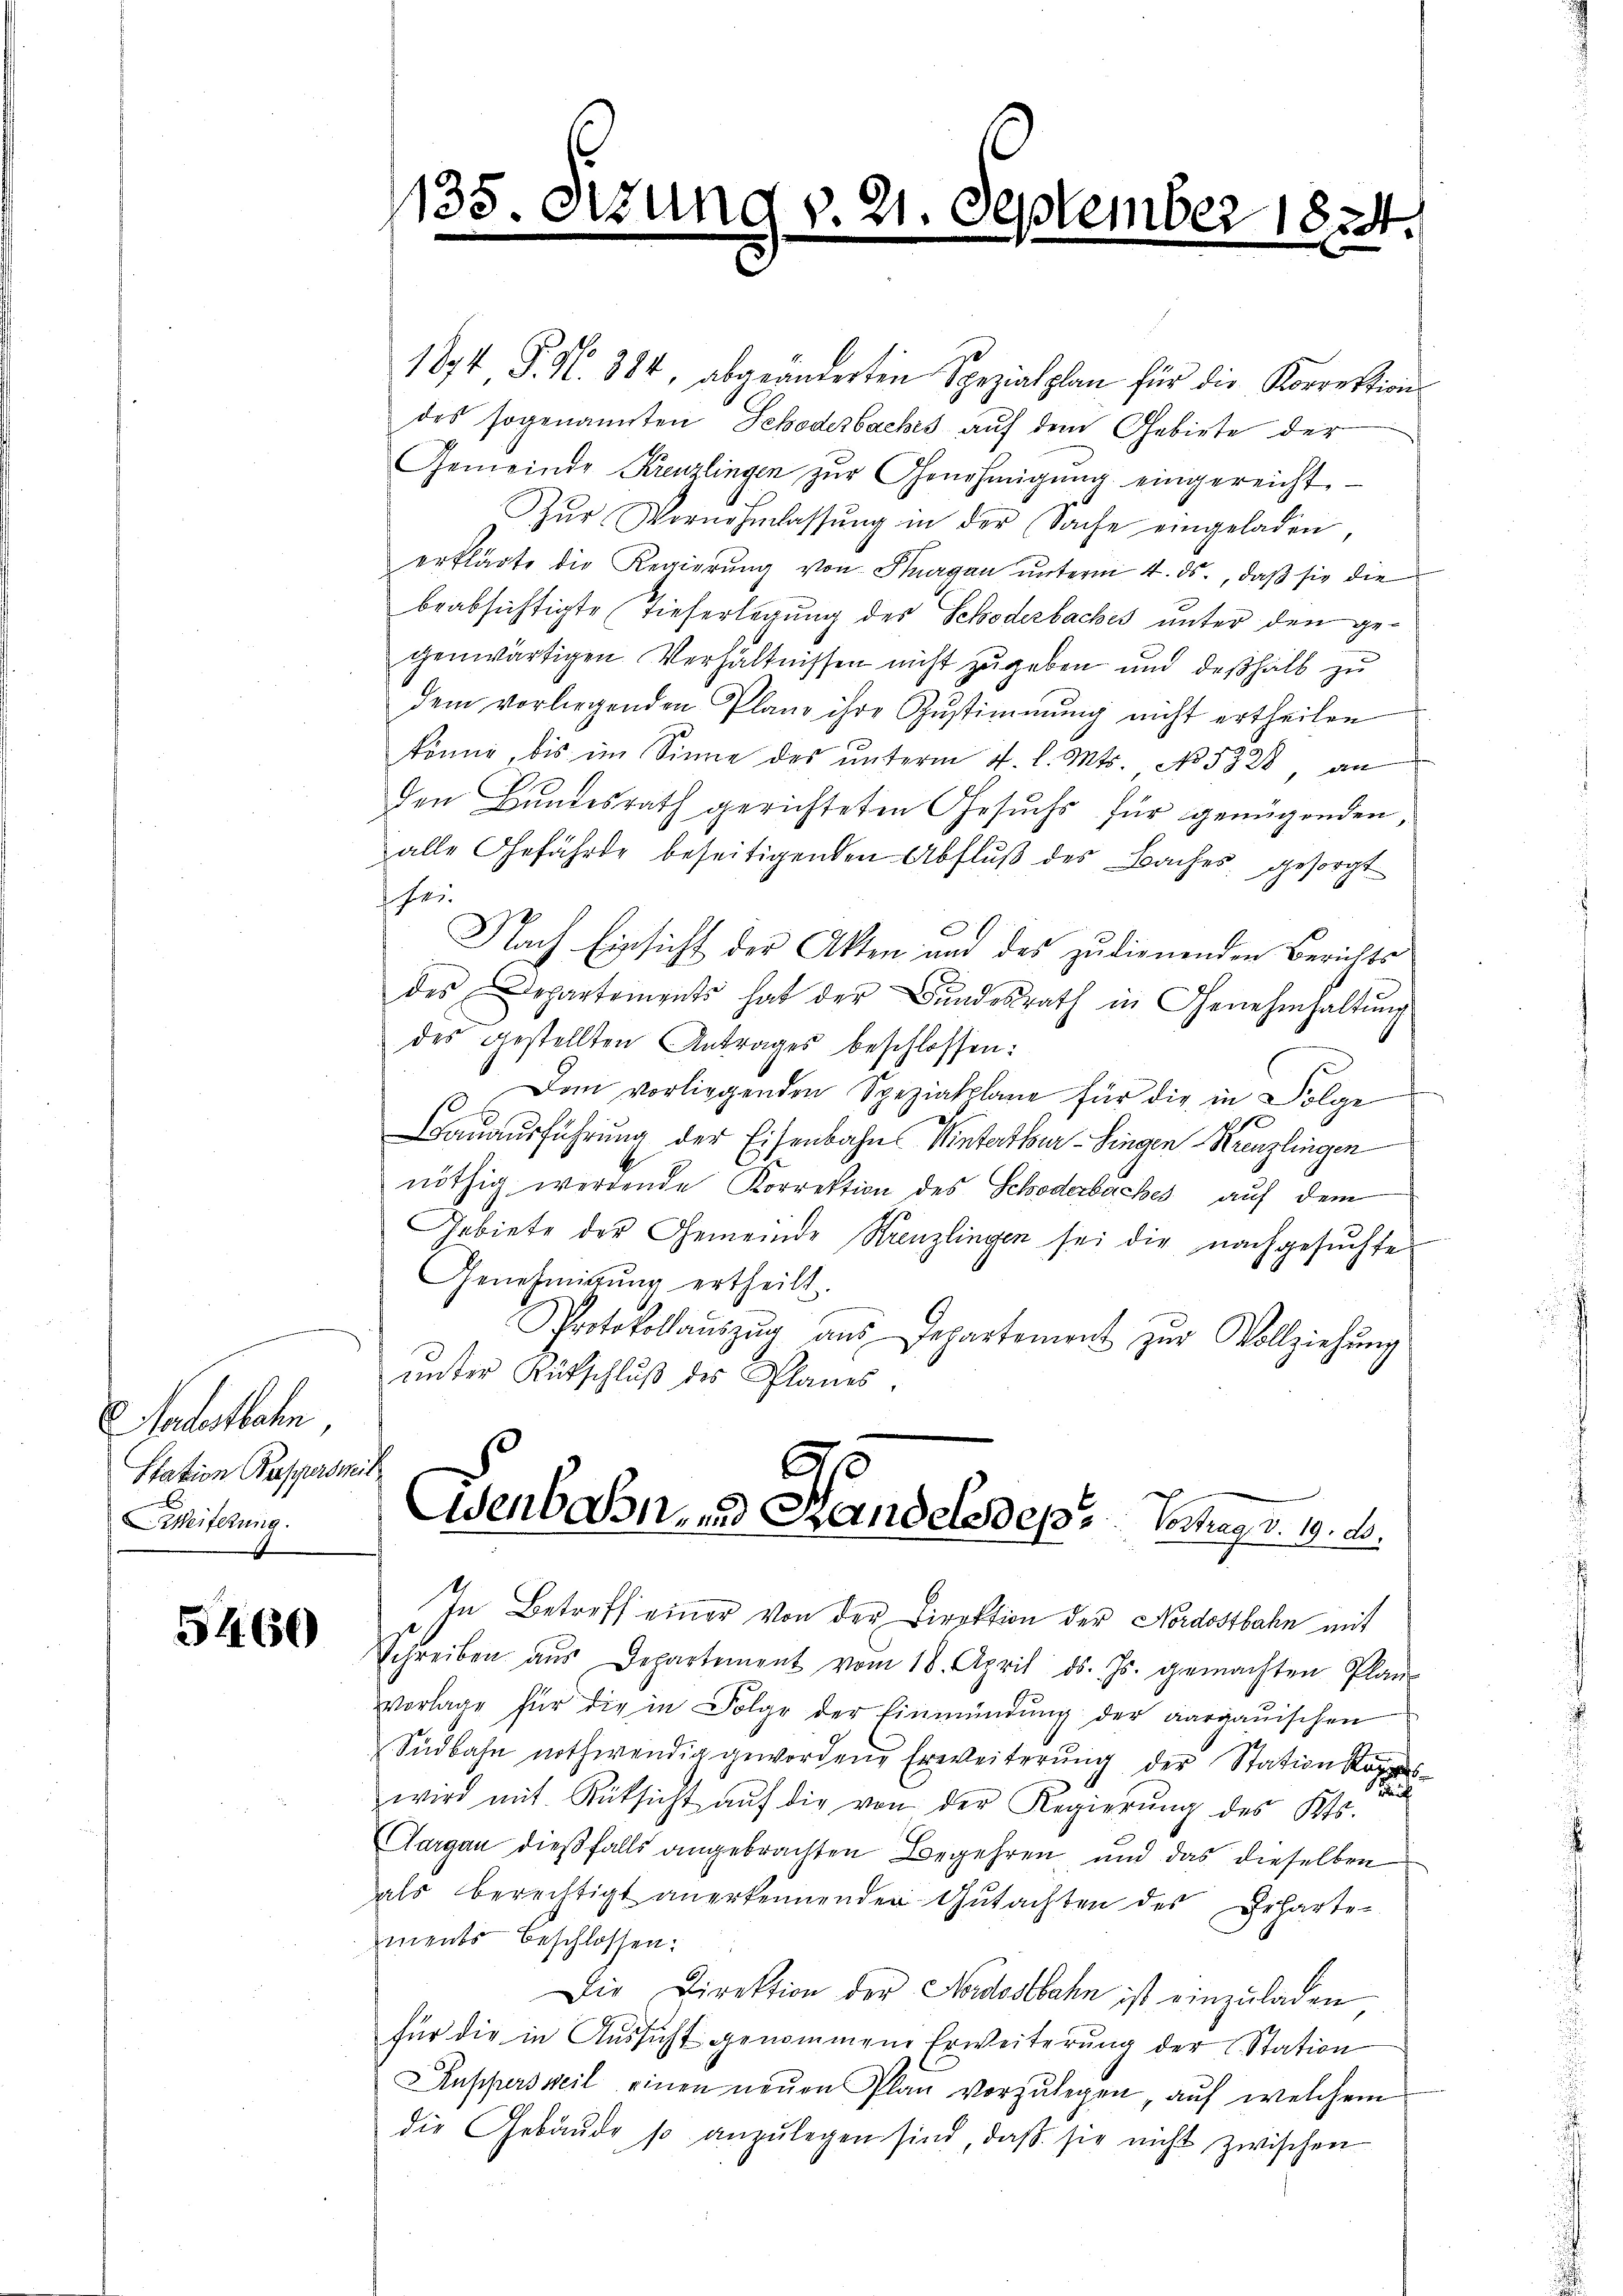
Radestbahn
Station Beschade
Weiferung.
.

5460

135

1894 P. Nr. 384, abgeänderten Spezialplan für die Korrektion
des sogenannten Schöderbaches auf dem Gebiete der
Gemeinde Kreuzlingen zŭr Genehmigŭng eingereicht
Zŭr Vornehmlassŭng in der Sache eingeladen,
erklärte die Regierŭng von Sargau unterm 4. ds., daß sie die
beabsichtigte Tieferlegung des Schöderbaches unter den gegenwärtigen Verhältnissen nicht zugeben und deßhalb zu
dem vorliegenden Planz ihre Zustimmung nicht ertheilen
könne, bis im Sinne des ŭnterm 4. l. Mts. No. 5328, an
den Bundesrath gerichteten Gesuchs für genügenden,
alle Gefährde beseitigenden Abflŭβ des Baches gesorgt
he i
Nach Einsicht der Akten und des zudienenden Berichts
des Departements hat der Bŭndesrath in Genehmhaltŭng
des gestellten Antrages beschlossen:
Den vorliegenden Spezialplane für die in Folge
0
Bauausführung der Eisenbahn Winterthur–Singen Kreuzlingen
nöthig werdende Korrektion des Schöderbaches auf dem
Gebiete der Gemeinde Kreuzlingen sei die nachgesuchte
Genehmigung ertheilt.
Protokollaŭszŭg ans Departement zŭr Vollziehŭng
ŭnter Rutschlŭβ des Planes.
c
as
Wenborn- und Handels des Verhag d. 19. d.
In Betreff einer von der Direktion der Nordostbahn mit
Schreiben aŭs Departement vom 18. April ds. Js. gemachten Plan-
Vorlage für die in Folge der Einmündŭng der aargauischen
Südbahn nothwendig gewordene Erweiterŭng der Station opp
wird mit Rücksicht aŭf die von der Regierŭng des Kts.
Aargau dießfalls angebrachten Begehren und das dieselben
als berechtigt anerkennenden Gutachten des Beharte-
ments beschlossen:
Die Direktion der Nordostbahn ist einzuladen
für die in Aussicht genommene Erweiterung der L. Station
Ruppersweil einen neŭen Plan vorzŭlegen auf welchem
die Gebäŭde so anzŭlegen sind, daβ sie nicht zwischen

d. 21. September 1824.

¬